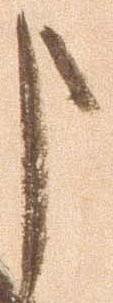
申